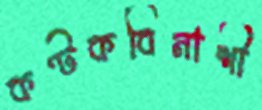
কণ্টকবিনাশী